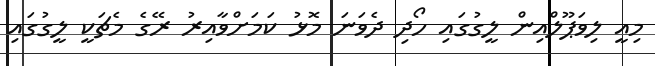
މިއީ ލިވަޕޫލްއިން ލީގުގައި ހޯދި ދެވަނަ މޮޅު ކަމަށްވާއިރު ރޭގެ މެޗަކީ ލީގުގައި